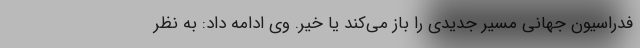
فدراسیون جهانی مسیر جدیدی را باز می‌کند یا خیر. وی ادامه داد: به نظر